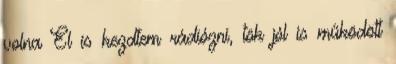
volna El is kezdtem rádiózni, tök jól is működött